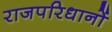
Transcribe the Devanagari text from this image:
राजपरिधानों